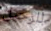
للرحيل